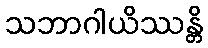
သဘာဂါယိဿန္တိ